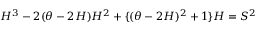
H ^ { 3 } - 2 ( \theta - 2 H ) H ^ { 2 } + \{ ( \theta - 2 H ) ^ { 2 } + 1 \} H = S ^ { 2 }